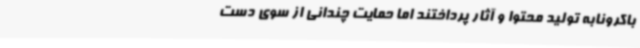
باکرونابه تولید محتوا و آثار پرداختند اما حمایت چندانی از سوی دست